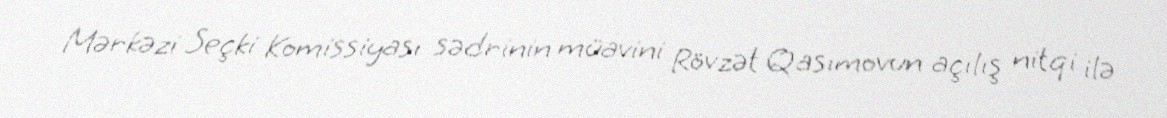
Mərkəzi Seçki Komissiyası sədrinin müavini Rövzət Qasımovun açılış nitqi ilə